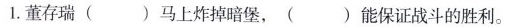
1.董存瑞()马上炸掉暗堡，()能保证战斗的胜和。